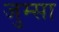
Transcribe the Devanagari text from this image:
जुम्सा